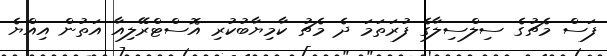
ފަސް މެޗުގެ ސިލްސިލާގެ ފުރަތަމަ ދެ މެޗު ކާމިޔާބުކުރި އޮސްޓްރޭލިއާ އަތުން އިއްޔެ